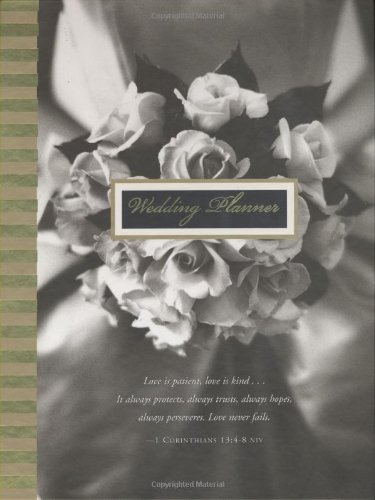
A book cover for Wedding Planner (Personal Organizer) (Personal Organizer) (Personal Organizer Ser); Sara Miller; Crafts, Hobbies & Home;